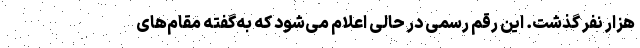
هزار نفر گذشت. این رقم رسمی در حالی اعلام می‌شود که به‌گفته مقام‌های